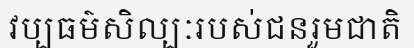
វប្បធម៌សិល្បៈរបស់ជនរួមជាតិ